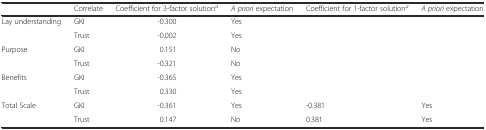
|  | Correlate | Coefficient for 3-factor solutiona | A priori expectation | Coefficient for 1-factor solutiona | A priori expectation |
 | --- | --- | --- | --- | --- | --- |
 | <ROWSPAN=2> Lay understanding | GKI | -0.300 | Yes |  |  |
 | Trust | -0.002 | Yes |  |  |
 | <ROWSPAN=2> Purpose | GKI | 0.151 | No |  |  |
 | Trust | -0.321 | No |  |  |
 | <ROWSPAN=2> Benefits | GKI | -0.365 | Yes |  |  |
 | Trust | 0.330 | Yes |  |  |
 | <ROWSPAN=2> Total Scale | GKI | -0.361 | Yes | -0.381 | Yes |
 | Trust | 0.147 | No | 0.381 | Yes |